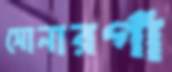
সোনারগাঁ